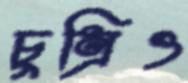
চুম্‌রিও